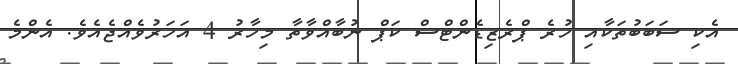
އެކި ސަބަބުތަކާއި ހުރެ ޕްރެޒިޑެންޓްސް ކަޕް ނުބާއްވާތާ މިހާރު 4 އަހަރުވެއްޖެއެވެ. އެންމެ